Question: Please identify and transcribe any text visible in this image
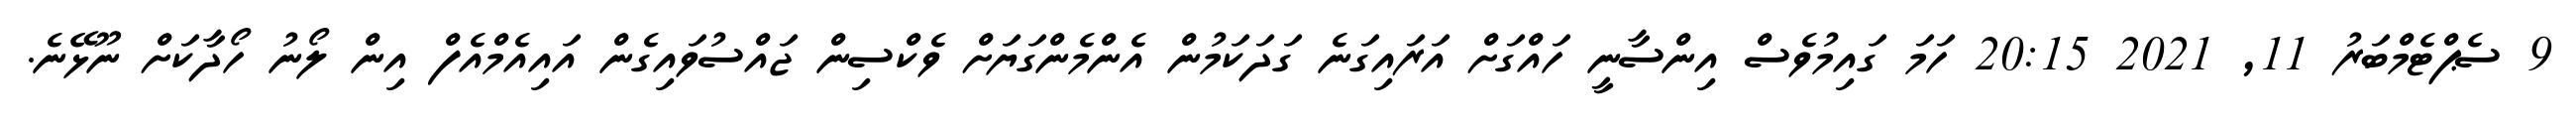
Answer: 9 ސެޕްޓެމްބަރު 11, 2021 20:15 ހަމަ ގައިމުވެސް އިންސާނީ ހައްގަށް އަރައިގަނެ ގަދަކަމުން އެންމެންގަޔަށް ވެކްސިން ޖައްސުވައިގެން އައިއެމްއެފް އިން ލޯނު ހޯދާކަށް ނޫޅޭނެ.